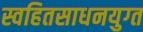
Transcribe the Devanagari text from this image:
स्वहितसाधनयुग्त